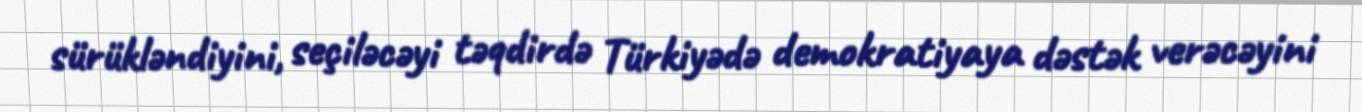
sürükləndiyini, seçiləcəyi təqdirdə Türkiyədə demokratiyaya dəstək verəcəyini